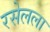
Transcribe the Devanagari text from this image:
रसेलला